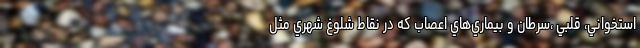
استخواني، قلبي ،سرطان و بيماري‌هاي اعصاب كه در نقاط شلوغ شهري مثل